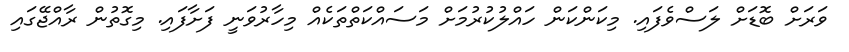
ވަރަށް ބޮޑަށް ލަސްވެފައި. މިކަންކަން ހައްލުކުރުމަށް މަސައްކަތްތަކެއް މިހާރުވަނީ ފަށާފައި. މިގޮތުން ރާއްޖޭގައި